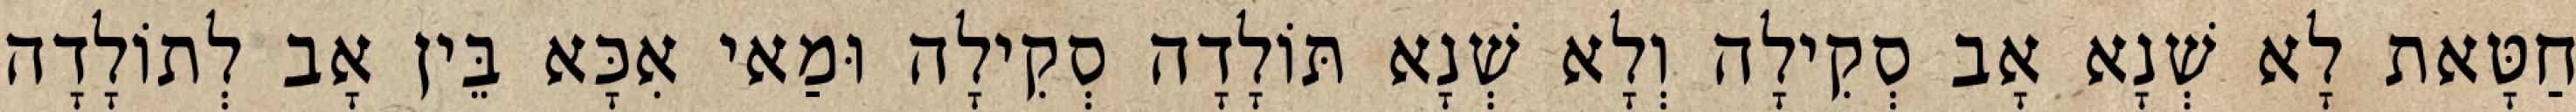
חַטָּאת לָא שְׁנָא אָב סְקִילָה וְלָא שְׁנָא תּוֹלָדָה סְקִילָה וּמַאי אִכָּא בֵּין אָב לְתוֹלָדָה